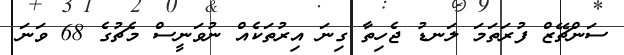
ސަންޗޭޒް ފުރަތަމަ ލަނޑު ޖެހިތާ ގިނަ އިރުތަކެއް ނުވަނީސް މެޗުގެ 68 ވަނަ